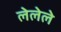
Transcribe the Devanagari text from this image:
लेलेले